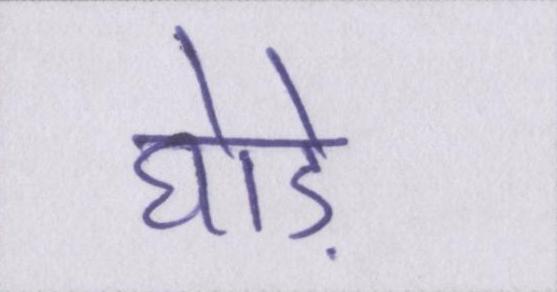
घोड़े